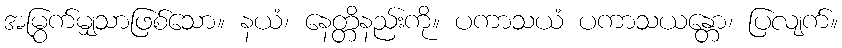
အမြွက်မျှသာဖြစ်သော။ နယံ၊ နေတ္တိနည်းကို။ ပကာသယံ ပကာသယန္တော၊ ပြလျက်။